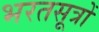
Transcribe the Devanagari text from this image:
भरतसूत्रों